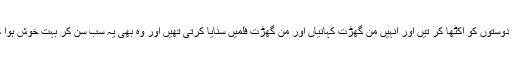
اکثروہ اپنے دوستوں کو اکٹھا کر تیں اور انہیں من گھڑت کہانیاں اور من گھڑت فلمیں سنایا کرتی تھیں اور وہ بھی یہ سب سن کر بہت خوش ہوا کرتے تھے۔